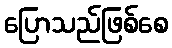
ပြောသည်ဖြစ်စေ